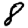
Digit: 8